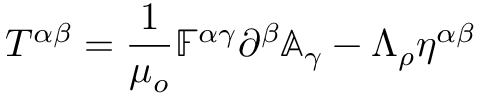
T ^ { \alpha \beta } = \frac { 1 } { \mu _ { o } } \mathbb { F } ^ { \alpha \gamma } \partial ^ { \beta } \mathbb { A } _ { \gamma } - \Lambda _ { \rho } \eta ^ { \alpha \beta }